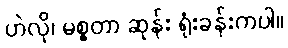
ဟဲလို၊ မစ္စတာ ဆုန်း ရုံးခန်းကပါ။